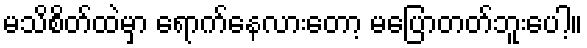
မသိစိတ်ထဲမှာ ရောက်နေလားတော့ မပြောတတ်ဘူးပေါ့။